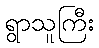
ရွာသူကြီး